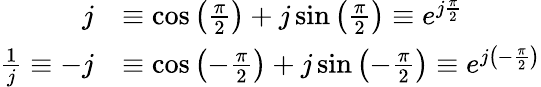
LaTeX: {\begin{array}{rl}{j}&{\equiv\cos{\left({\frac{\pi}{2}}\right)}+j\sin{\left({\frac{\pi}{2}}\right)}\equiv e^{j{\frac{\pi}{2}}}}\\ {{\frac{1}{j}}\equiv-j}&{\equiv\cos{\left(-{\frac{\pi}{2}}\right)}+j\sin{\left(-{\frac{\pi}{2}}\right)}\equiv e^{j\left(-{\frac{\pi}{2}}\right)}}\end{array}}